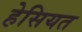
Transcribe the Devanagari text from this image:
हेसियत